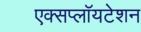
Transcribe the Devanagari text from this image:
एक्सप्लॉयटेशन